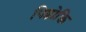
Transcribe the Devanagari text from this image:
पिष्टोक्ति